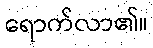
ရောက်လာ၏။